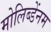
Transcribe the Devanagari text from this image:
मोलिब्डेंनम